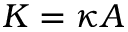
K = \kappa A